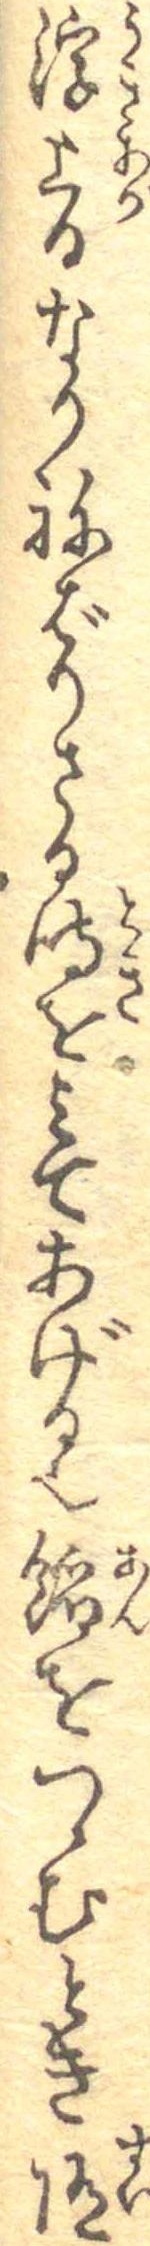
浮上るなりねばりさる時をみてあげる也餡をつゝむとき随